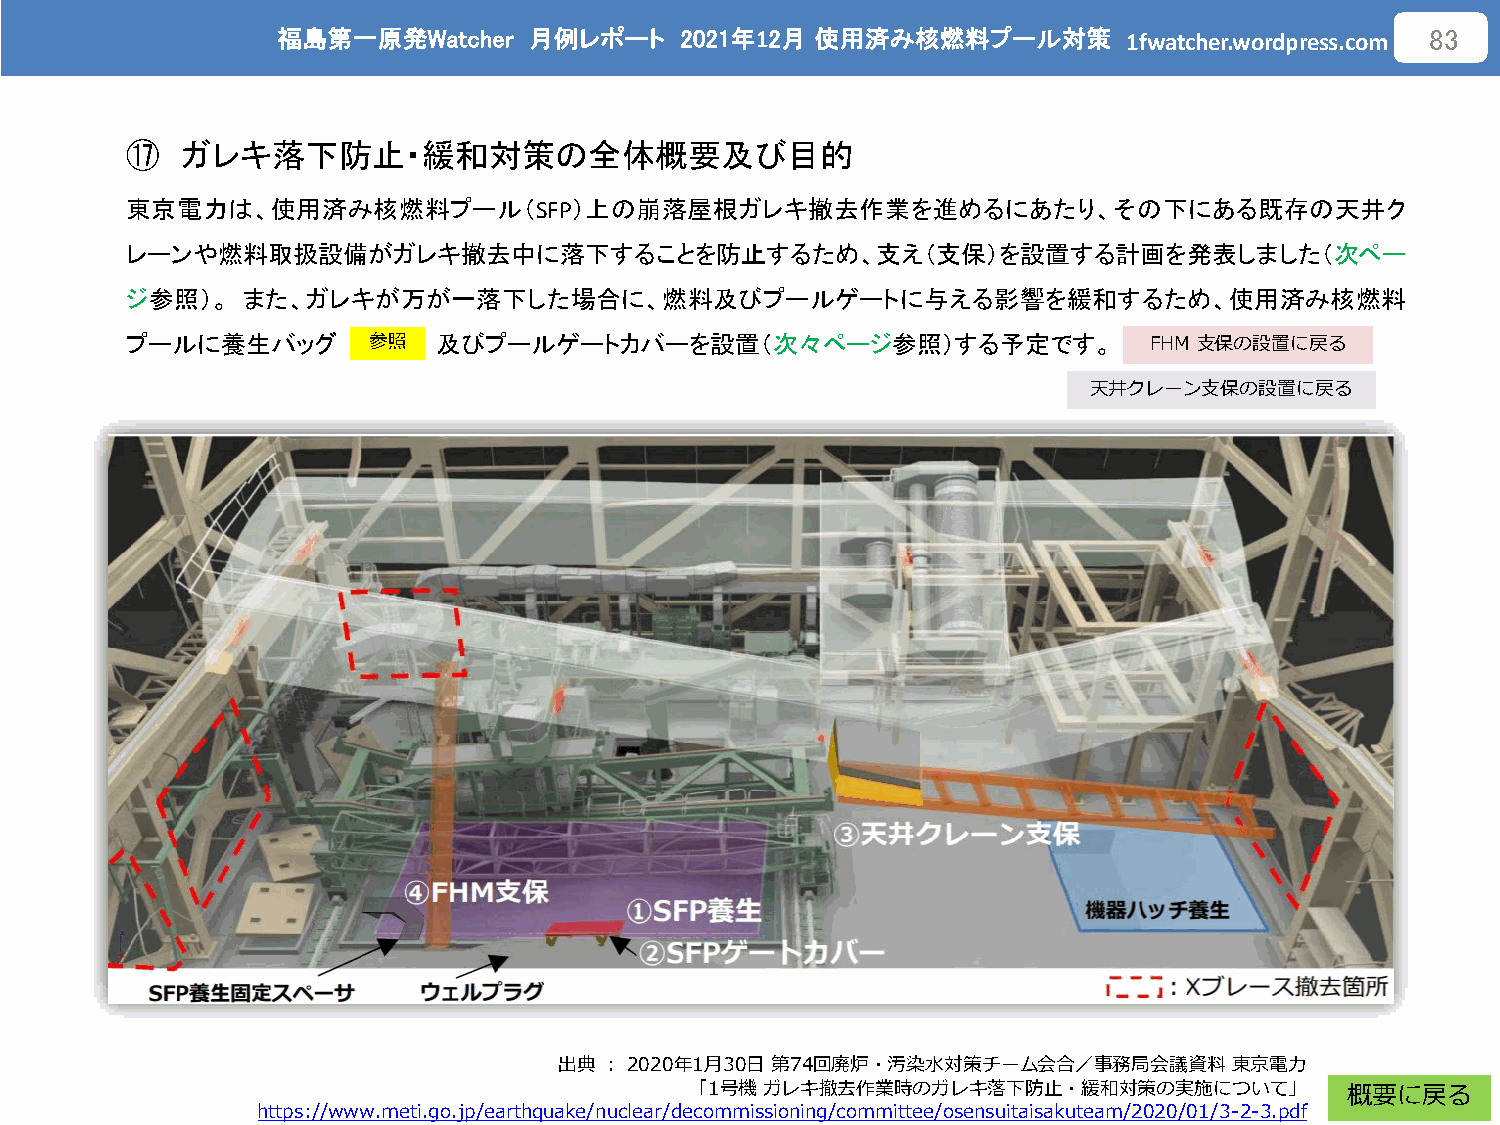
福島第一原発Watcher    月例レポート    2021年12月 使用済み核燃料プール対策
 1fwatcher.wordpress.com
 83
 ⑰   ガレキ落下防止・緩和対策の全体概要及び目的
 東京電力は、使用済み核燃料プール（SFP）上の崩落屋根ガレキ撤去作業を進めるにあたり、その下にある既存の天井ク
 レーンや燃料取扱設備がガレキ撤去中に落下することを防止するため、支え（支保）を設置する計画を発表しました（次ペー
 ジ参照）。   また、ガレキが万が一落下した場合に、燃料及びプールゲートに与える影響を緩和するため、使用済み核燃料
 プールに養生バッグ            及びプールゲートカバーを設置（次々ページ参照）する予定です。
 参照                                                  FHM 支保の設置に戻る
 天井クレーン支保の設置に戻る
 出典：2020年1月30日第74回廃炉・汚染水対策チーム会合／事務局会議資料       東京電力
 「1号機ガレキ撤去作業時のガレキ落下防止・緩和対策の実施について」          概要に戻る
 https://www.meti.go.jp/earthquake/nuclear/decommissioning/committee/osensuitaisakuteam/2020/01/3-2-3.pdf